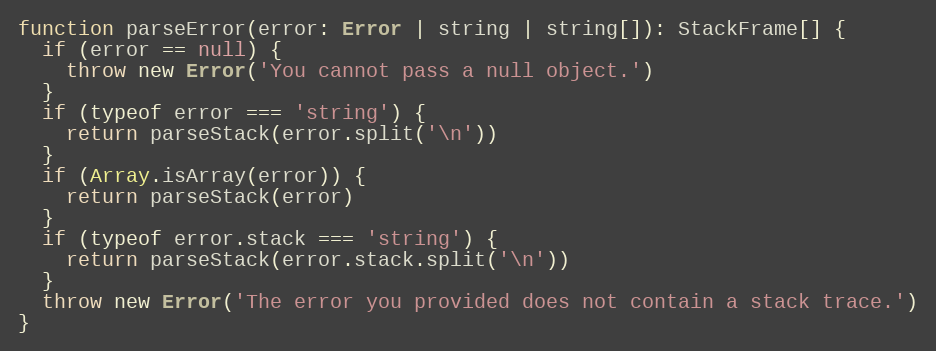
Language: JavaScript
function parseError(error: Error | string | string[]): StackFrame[] {
  if (error == null) {
    throw new Error('You cannot pass a null object.')
  }
  if (typeof error === 'string') {
    return parseStack(error.split('\n'))
  }
  if (Array.isArray(error)) {
    return parseStack(error)
  }
  if (typeof error.stack === 'string') {
    return parseStack(error.stack.split('\n'))
  }
  throw new Error('The error you provided does not contain a stack trace.')
}